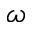
\omega